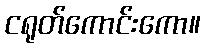
ငရုတ်ကောင်းကော။